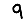
Digit: 9